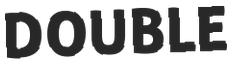
DOUBLE